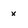
Character: x